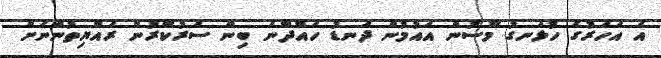
އެ އަހަރުގެ ހުޅަނގު މޫސުން އައުމުން ދަނޑު ހައްދާނެ ބިން ސަރުކާރުން ރައްޔިތުންނަށް